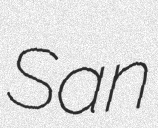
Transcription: San